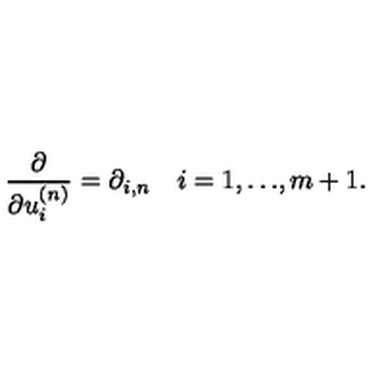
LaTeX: \frac { \partial } { \partial u _ { i } ^ { ( n ) } } = \partial _ { i , n } \quad i = 1 , { \ldots } , m + 1 .